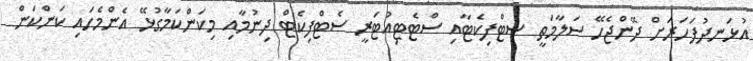
އުޅަނދުފަހަރަށް ދޭންޖެހޭ ސަލާމަތީ ސެޓްފިކެޓާއި ސްޓެޓިއުޓަރީ ސެޓްފިކެޓް ދިނުމާއި މިކަންކަމާގުޅޭ އެންމެހައި ކަންކަން